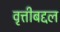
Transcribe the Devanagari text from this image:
वृत्तीबद्दल